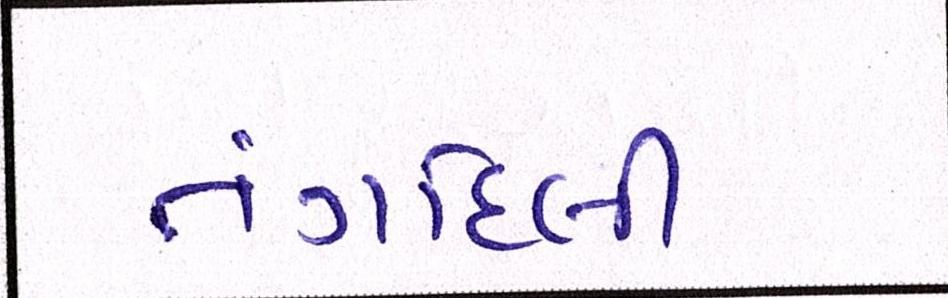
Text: તંગદિલી